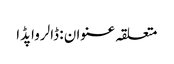
متعلقہ عنوان : ڈالرواپڈا